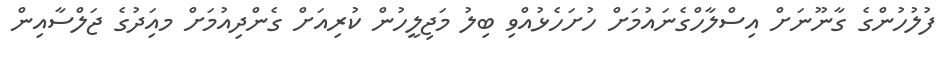
ފުލުހުންގެ ގާނޫނަށް އިސްލާހްގެނައުމަށް ހުށަހެޅުއްވި ބިލު މަޖިލީހުން ކުރިއަށް ގެންދިއުމަށް މއިަދުގެ ޖަލްސާއިން